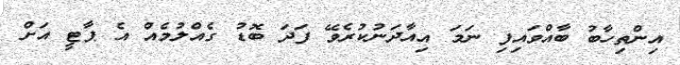
އިންތިހާބު ބާއްވައިފި ނަމަ އިއާދަނުކުރެވޭ ފަދަ ބޮޑު ގެއްލުމެއް އެ ޕާޓީ އަށް